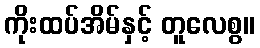
ကိုးထပ်အိမ်နှင့် တူလေစွ။